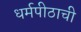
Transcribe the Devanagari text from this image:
धर्मपीठाची